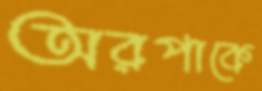
অরপাকে